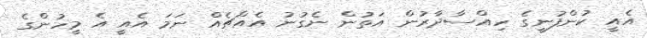
އެއީ ކުންފުނީގެ ހިއްސާދާރުން އަތުން ނެގުނު އެއްޗެއް ނަމަ އެއީ އެ މީހުންގެ